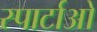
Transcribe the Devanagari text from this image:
स्पार्टाओ